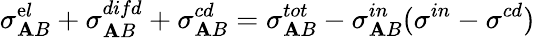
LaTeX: \sigma_{\mathbf{A}B}^{\mathrm{e}l}+\sigma_{\mathbf{A}B}^{difd}+\sigma_{\mathbf{A}B}^{cd}=\sigma_{\mathbf{A}B}^{tot}-\sigma_{\mathbf{A}B}^{in}(\sigma^{in}-\sigma^{cd})